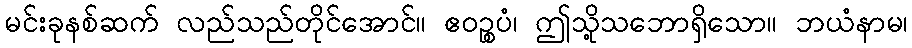
မင်းခုနစ်ဆက် လည်သည်တိုင်အောင်။ ဧဝဉ္စပံ၊ ဤသို့သဘောရှိသော။ ဘယံနာမ၊